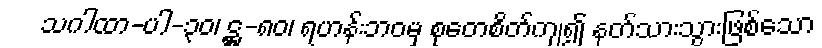
သဂါထာ-ပါ-၃၀၊ ဋ္ဌ-၈၀၊ ရဟန်းဘဝမှ စုတေစိတ်ကျ၍ နတ်သားသွားဖြစ်သော